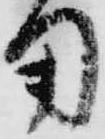
用